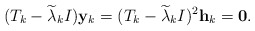
\begin{align*}(T_k-\widetilde{\lambda}_kI){\bf y}_k=(T_k-\widetilde{\lambda}_kI)^2{\bf h}_k={\bf 0}.\end{align*}